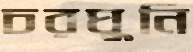
চরঘুনি